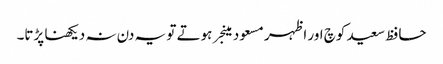
حافظ سعید کوچ اور اظہر مسعود مینجر ہوتے تو یہ دن نہ دیکھنا پڑتا۔